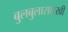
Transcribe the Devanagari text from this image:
बुलबुलासारखी